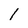
Character: l